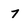
Character: 7